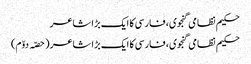
حکیم نظامی گنجوی، فارسی کا ایک بڑا شاعر
حکیم نظامی گنجوی، فارسی کا ایک بڑا شاعر (حصّہ دوّم)